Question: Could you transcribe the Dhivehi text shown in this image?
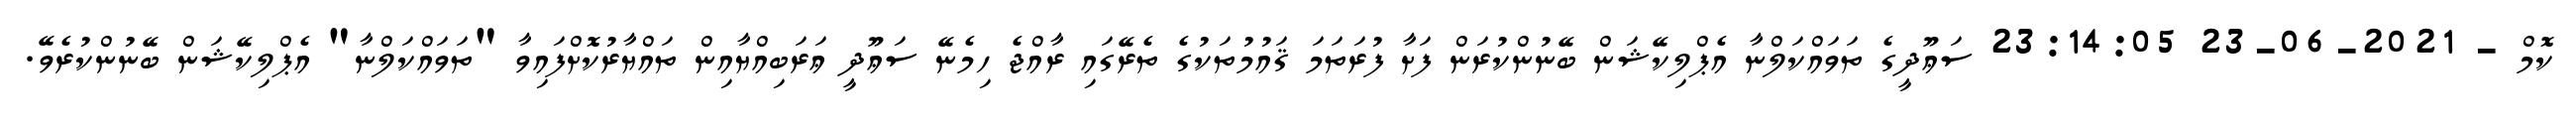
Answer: ކޮމް - 2021-06-23 23:14:05 ސަޢޫދީގެ ތަވައްކަލްނާ އެޕްލިކޭޝަން ބޭނުންކުރަން ފަށާ ފުރަތަމަ ޤައުމުތަކުގެ ތެރޭގައި ރާއްޖެ ހިމެނޭ ސަޢޫދީ ޢަރަބިއްޔާއިން ތައްޔާރުކޮށްފައިވާ "ތަވައްކަލްނާ" އެޕްލިކޭޝަން ބޭނުންކުރެވޭ.